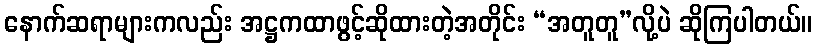
နောက်ဆရာများကလည်း အဋ္ဌကထာဖွင့်ဆိုထားတဲ့အတိုင်း “အတူတူ”လို့ပဲ ဆိုကြပါတယ်။